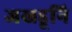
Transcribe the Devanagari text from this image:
जखडूनि